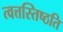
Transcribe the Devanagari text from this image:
त्वत्तस्तिष्ठति